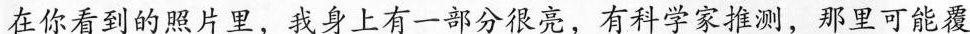
在你看到的照片里，我身上有一部分很亮，有科学家推测，那里可能覆